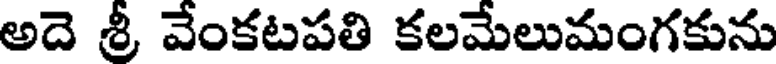
అదె శ్రీ వేంకటపతి కలమేలుమంగకును